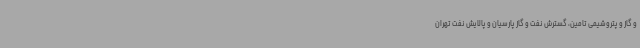
و گاز و پتروشیمی تامین، گسترش نفت و گاز پارسیان و پالایش نفت تهران